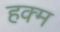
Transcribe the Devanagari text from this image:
हक्म